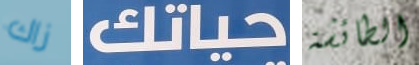
زاك حياتك الطائشة